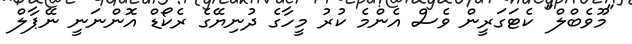
"މޫވެބްލް" ކެޓަގަރީން ވެސް އެންމެ ކުރު މީހާގެ ދުނިޔޭގެ ރެކޯޑް އޮންނަނީ ނޭޕާލް